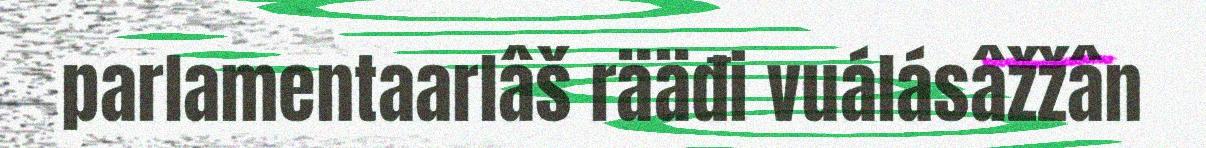
parlamentaarlâš rääđi vuálásâžžân